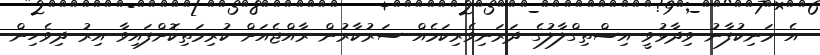
އެ މަނިކުފާނު ވިދާޅުވީ އިސްތިގްލާލުގެ ދަރަނިވެރިކަމެއް ސަރުކާރުން ރާއްޖެއަށް ކުރިމަތިކޮށްފައިވާ އިރު ދިވެހިން